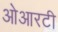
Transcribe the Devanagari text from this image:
ओआरटी